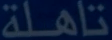
تاهلة